Madras plague regulations and rules - Volume 1
Disease focus: Plague
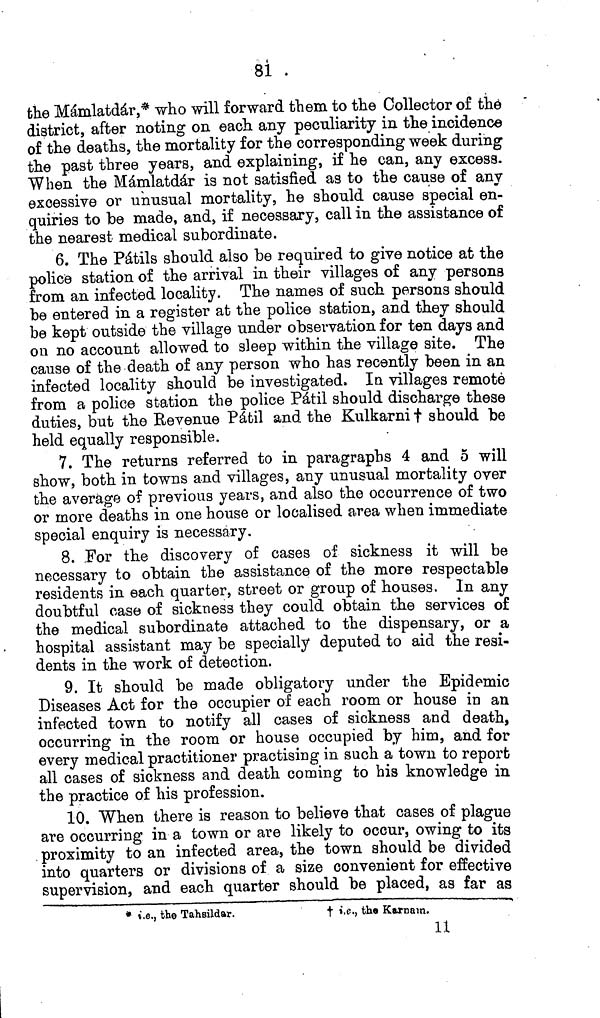
81
the Mámlatdár,* who will forward them to the Collector of the
district, after noting on each any peculiarity in the incidence
of the deaths, the mortality for the corresponding week during
the past three years, and explaining, if he can, any excess.
When the Mámlatdár is not satisfied as to the cause of any
excessive or unusual mortality, he should cause special en-
quiries to be made, and, if necessary, call in the assistance of
the nearest medical subordinate.
6. The Pátils should also be required to give notice at the
police station of the arrival in their villages of any persons
from an infected locality. The names of such persons should
be entered in a register at the police station, and they should
be kept outside the village under observation for ten days and
on no account allowed to sleep within the village site. The
cause of the death of any person who has recently been in an
infected locality should be investigated. In villages remote
from a police station the police Pátil should discharge these
duties, but the Revenue Pátil and the Kulkarni † should be
held equally responsible.
7. The returns referred to in paragraphs 4 and 5 will
show, both in towns and villages, any unusual mortality over
the average of previous years, and also the occurrence of two
or more deaths in one house or localised area when immediate
special enquiry is necessary.
8. For the discovery of cases of sickness it will be
necessary to obtain the assistance of the more respectable
residents in each quarter, street or group of houses. In any
doubtful case of sickness they could obtain the services of
the medical subordinate attached to the dispensary, or a
hospital assistant may be specially deputed to aid the resi-
dents in the work of detection.
9. It should be made obligatory under the Epidemic
Diseases Act for the occupier of each room or house in an
infected town to notify all cases of sickness and death,
occurring in the room or house occupied by him, and for
every medical practitioner practising in such a town to report
all cases of sickness and death coming to his knowledge in
the practice of his profession.
10. When there is reason to believe that cases of plague
are occurring in a town or are likely to occur, owing to its
proximity to an infected area, the town should be divided
into quarters or divisions of a size convenient for effective
supervision, and each quarter should be placed, as far as
* i.e., the Tahsildar.
† i.e., the Karnain.
11